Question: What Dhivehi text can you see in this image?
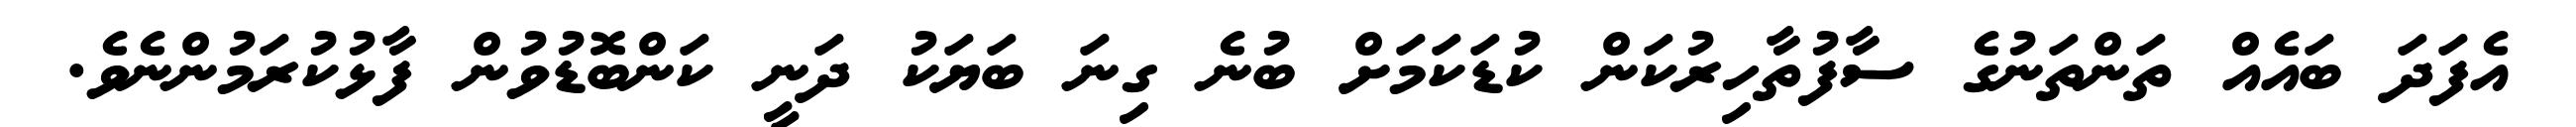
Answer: އެފަދަ ބައެއް ތަންތަނުގެ ސާފުތާހިރުކަން ކުޑަކަމަށް ބުނެ ގިނަ ބަޔަކު ދަނީ ކަންބޮޑުވުން ފާޅުކުރަމުންނެވެ.